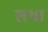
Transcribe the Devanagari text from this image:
लथा